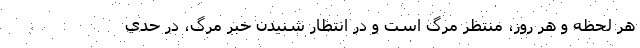
هر لحظه و هر روز، منتظر مرگ است و در انتظار شنيدن خبر مرگ، در حدي